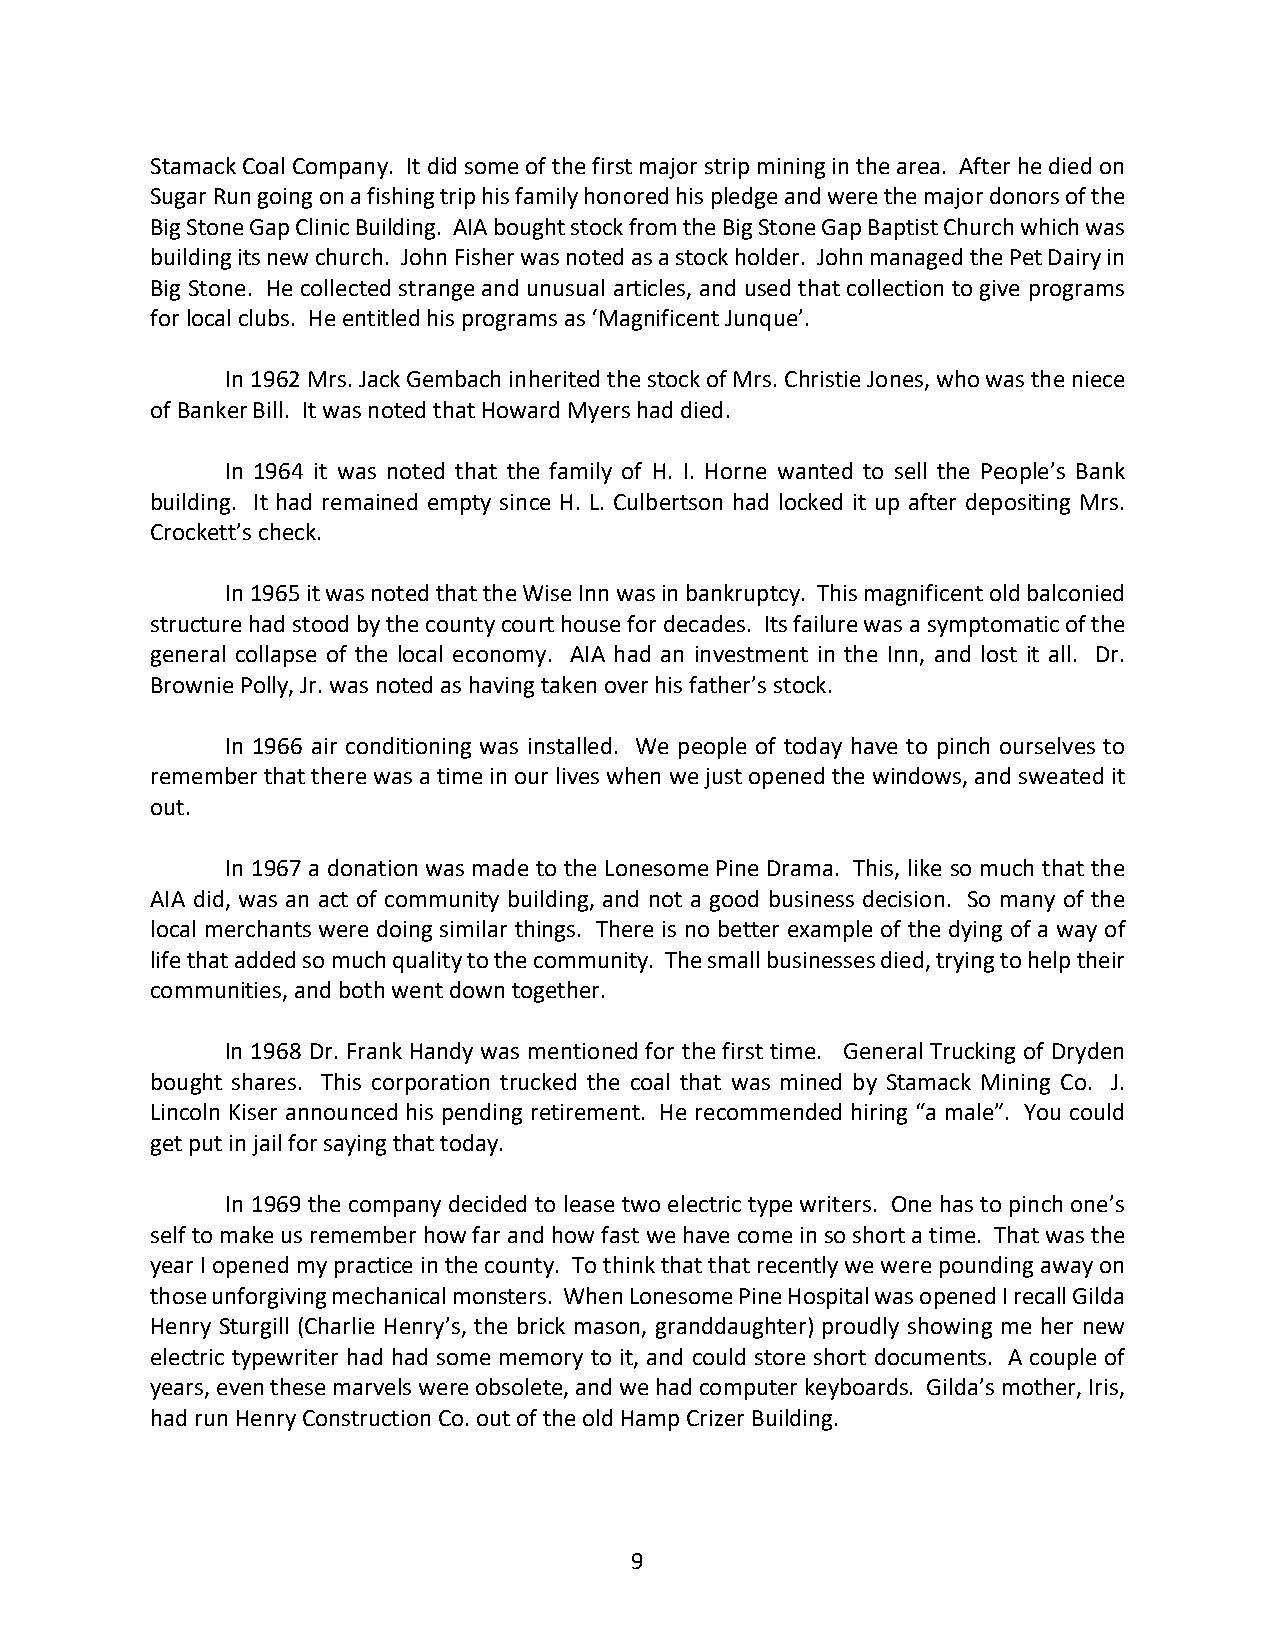
Stamack Coal Company. It did some of the first major strip mining in the area. After he died on
 Sugar Run going on a fishing trip his family honored his pledge and were the major donors of the
 Big Stone Gap Clinic Building. AIA bought stock from the Big Stone Gap Baptist Church which was
 building its new church. John Fisher was noted as a stock holder. John managed the Pet Dairy in
 Big Stone. He collected strange and unusual articles, and used that collection to give programs
 for local clubs. He entitled his programs as ‘Magnificent Junque’.
 In 1962 Mrs. Jack Gembach inherited the stock of Mrs. Christie Jones, who was the niece
 of Banker Bill. It was noted that Howard Myers had died.
 In 1964 it was noted that the family of H. I. Horne wanted to sell the People’s Bank
 building. It had remained empty since H. L. Culbertson had locked it up after depositing Mrs.
 Crockett’s check.
 In 1965 it was noted that the Wise Inn was in bankruptcy. This magnificent old balconied
 structure had stood by the county court house for decades. Its failure was a symptomatic of the
 general collapse of the local economy. AIA had an investment in the Inn, and lost it all. Dr.
 Brownie Polly, Jr. was noted as having taken over his father’s stock.
 In 1966 air conditioning was installed. We people of today have to pinch ourselves to
 remember that there was a time in our lives when we just opened the windows, and sweated it
 out.
 In 1967 a donation was made to the Lonesome Pine Drama. This, like so much that the
 AIA did, was an act of community building, and not a good business decision. So many of the
 local merchants were doing similar things. There is no better example of the dying of a way of
 life that added so much quality to the community. The small businesses died, trying to help their
 communities, and both went down together.
 In 1968 Dr. Frank Handy was mentioned for the first time. General Trucking of Dryden
 bought shares. This corporation trucked the coal that was mined by Stamack Mining Co. J.
 Lincoln Kiser announced his pending retirement. He recommended hiring “a male”. You could
 get put in jail for saying that today.
 In 1969 the company decided to lease two electric type writers. One has to pinch one’s
 self to make us remember how far and how fast we have come in so short a time. That was the
 year I opened my practice in the county. To think that that recently we were pounding away on
 those unforgiving mechanical monsters. When Lonesome Pine Hospital was opened I recall Gilda
 Henry Sturgill (Charlie Henry’s, the brick mason, granddaughter) proudly showing me her new
 electric typewriter had had some memory to it, and could store short documents. A couple of
 years, even these marvels were obsolete, and we had computer keyboards. Gilda’s mother, Iris,
 had run Henry Construction Co. out of the old Hamp Crizer Building.
 9